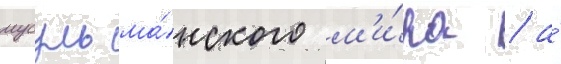
мусульма́нского м'и́ра / а́